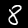
Digit: 8